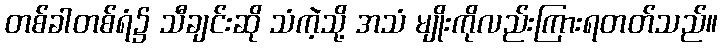
တစ်ခါတစ်ရံ၌ သီချင်းဆို သံကဲ့သို့ အသံ မျိုးကိုလည်းကြားရတတ်သည်။